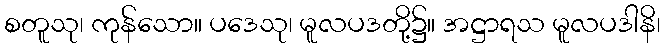
စတူသု၊ ကုန်သော။ ပဒေသု၊ မူလပဒတို့၌။ အဋ္ဌာရသ မူလပဒါနိ၊